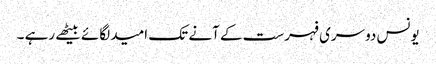
یونس دوسری فہرست کے آنے تک امید لگائے بیٹھے رہے ۔